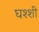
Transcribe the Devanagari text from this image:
घश्शी